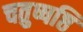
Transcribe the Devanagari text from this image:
चतुष्षष्ठि